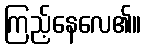
ကြည့်နေလေ၏။